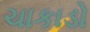
ચાકાડો